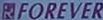
R FOREVER